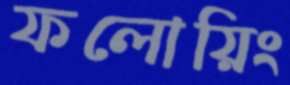
ফলোয়িং